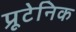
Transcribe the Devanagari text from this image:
प्रूटेनिक